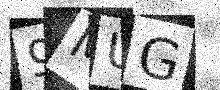
Text: 9MUG